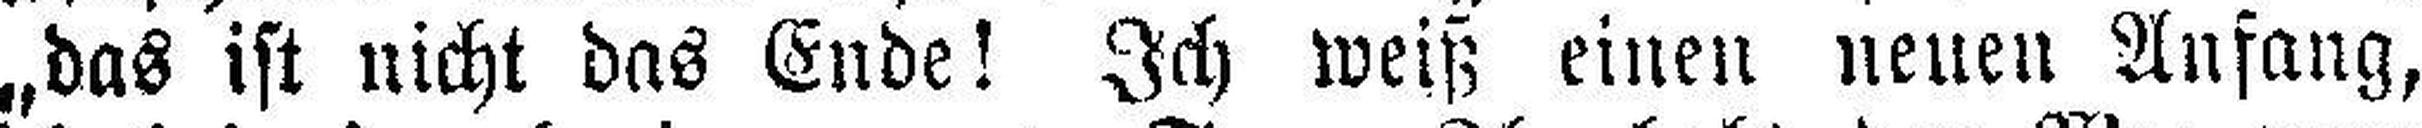
„das ist nicht das Ende! Ich weiß einen neuen Anfang,